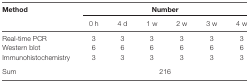
<table><thead><tr><td><b>Method</b></td><td colspan="6"><b>Number</b></td></tr><tr><td></td><td><b>0 h</b></td><td><b>4 d</b></td><td><b>1 w</b></td><td><b>2 w</b></td><td><b>3 w</b></td><td><b>4 w</b></td></tr></thead><tbody><tr><td>Real-time PCR</td><td>3</td><td>3</td><td>3</td><td>3</td><td>3</td><td>3</td></tr><tr><td>Western blot</td><td>6</td><td>6</td><td>6</td><td>6</td><td>6</td><td>6</td></tr><tr><td>Immunohistochemistry</td><td>3</td><td>3</td><td>3</td><td>3</td><td>3</td><td>3</td></tr><tr><td>Sum</td><td colspan="6">216</td></tr></tbody></table>